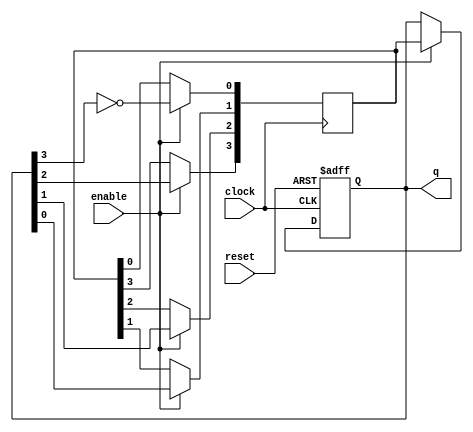
module JohnsonCounterEnable (
  input clock, 
  input enable, 
  input reset, 
  output reg [3:0] q
);

reg [3:0] next_q;

always @(posedge clock or posedge reset) begin
  if (reset) begin
    q <= 4'b0001;
  end else if (enable) begin
    q <= next_q;
  end
end

always @(posedge clock) begin
  if (enable) begin
    next_q[0] <= ~q[3];
    next_q[1] <= q[0];
    next_q[2] <= q[1];
    next_q[3] <= q[2];
  end
end

endmodule